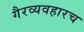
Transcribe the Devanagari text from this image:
गैरव्यवहारच